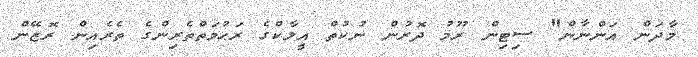
މާދަން އަންނާން" ސިޓިން ރޫމު ދޮރުން ނުކުތް އީލާކްގެ ރަޙުމަތްތެރިންގެ ތެރެއިން ރޮޒޭން